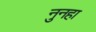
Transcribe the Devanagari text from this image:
नुनहा